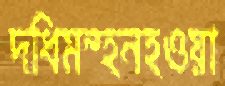
দধিমন্হনহওয়া